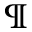
\ \ \ ^ { \P }